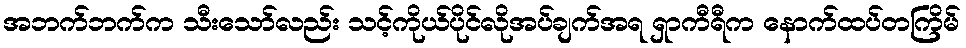
အဘက်ဘက်က သီးသော်လည်း သင့်ကိုယ်ပိုင်လိုအပ်ချက်အရ ရှာကီရီက နောက်ထပ်တကြိမ်